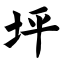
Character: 坪